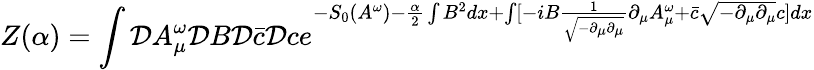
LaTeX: Z(\alpha)=\int{\cal D}A_{\mu}^{\omega}{\cal D}B{\cal D}\bar{c}{\cal D}ce^{-S_{0}(A^{\omega})-\frac{\alpha}{2}\int B^{2}dx+\int[-iB\frac{1}{\sqrt{-\partial_{\mu}\partial_{\mu}}}\partial_{\mu}A_{\mu}^{\omega}+\bar{c}\sqrt{-\partial_{\mu}\partial_{\mu}}c]dx}